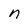
Character: n